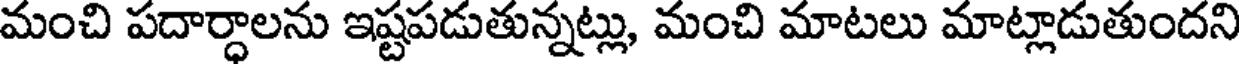
మంచి పదార్ధాలను ఇష్టపడుతున్నట్లు, మంచి మాటలు మాట్లాడుతుందని